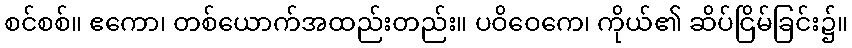
စင်စစ်။ ဧကော၊ တစ်ယောက်အထည်းတည်း။ ပဝိဝေကေ၊ ကိုယ်၏ ဆိပ်ငြိမ်ခြင်း၌။